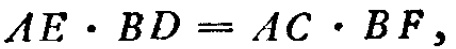
\(AE\cdot BD = AC\cdot BF,\)